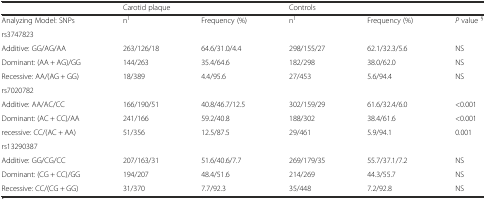
<table><thead><tr><td></td><td colspan="2"><b>Carotid plaque</b></td><td colspan="2"><b>Controls</b></td><td></td></tr></thead><tbody><tr><td>Analyzing Model: SNPs</td><td>n<sup>1</sup></td><td>Frequency (%)</td><td>n<sup>1</sup></td><td>Frequency (%)</td><td><i>P</i> value <sup>§</sup></td></tr><tr><td>rs3747823</td><td></td><td></td><td></td><td></td><td></td></tr><tr><td>Additive: GG/AG/AA</td><td>263/126/18</td><td>64.6/31.0/4.4</td><td>298/155/27</td><td>62.1/32.3/5.6</td><td>NS</td></tr><tr><td>Dominant: (AA + AG)/GG</td><td>144/263</td><td>35.4/64.6</td><td>182/298</td><td>38.0/62.0</td><td>NS</td></tr><tr><td>Recessive: AA/(AG + GG)</td><td>18/389</td><td>4.4/95.6</td><td>27/453</td><td>5.6/94.4</td><td>NS</td></tr><tr><td>rs7020782</td><td></td><td></td><td></td><td></td><td></td></tr><tr><td>Additive: AA/AC/CC</td><td>166/190/51</td><td>40.8/46.7/12.5</td><td>302/159/29</td><td>61.6/32.4/6.0</td><td>&lt;0.001</td></tr><tr><td>Dominant: (AC + CC)/AA</td><td>241/166</td><td>59.2/40.8</td><td>188/302</td><td>38.4/61.6</td><td>&lt;0.001</td></tr><tr><td>recessive: CC/(AC + AA)</td><td>51/356</td><td>12.5/87.5</td><td>29/461</td><td>5.9/94.1</td><td>0.001</td></tr><tr><td>rs13290387</td><td></td><td></td><td></td><td></td><td></td></tr><tr><td>Additive: GG/CG/CC</td><td>207/163/31</td><td>51.6/40.6/7.7</td><td>269/179/35</td><td>55.7/37.1/7.2</td><td>NS</td></tr><tr><td>Dominant: (CG + CC)/GG</td><td>194/207</td><td>48.4/51.6</td><td>214/269</td><td>44.3/55.7</td><td>NS</td></tr><tr><td>Recessive: CC/(CG + GG)</td><td>31/370</td><td>7.7/92.3</td><td>35/448</td><td>7.2/92.8</td><td>NS</td></tr></tbody></table>